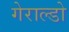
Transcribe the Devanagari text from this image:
गेराल्डो